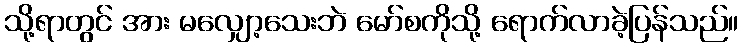
သို့ရာတွင် အား မလျှော့သေးဘဲ မော်စကိုသို့ ရောက်လာခဲ့ပြန်သည်။